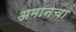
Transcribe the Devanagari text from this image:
अमानचा